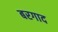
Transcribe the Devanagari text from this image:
बरगाद